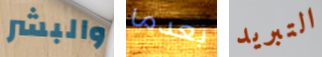
والبشر بعدما التبريد